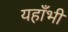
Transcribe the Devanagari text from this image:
यहाँभी